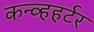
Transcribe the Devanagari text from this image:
कन्व्हहर्टर